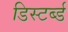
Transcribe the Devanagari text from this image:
डिस्टर्ब्ड